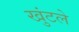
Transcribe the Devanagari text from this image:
खुंटले